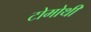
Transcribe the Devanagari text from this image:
टोमोथी